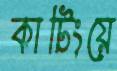
কাটিংয়ে